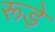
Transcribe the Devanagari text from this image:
रूड़े